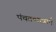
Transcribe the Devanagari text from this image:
पंचतन्मात्राएँ